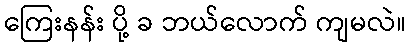
ကြေးနန်း ပို့ ခ ဘယ်လောက် ကျမလဲ။